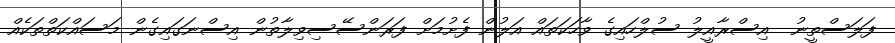
ފަލަސްތީނު  އިސްރާއީލު ސުލްހައިގެ ވާހަކަތައް އަލުން ފެށުމަށް ފަރަންސޭސިވިލާތުން އިސްނަގައިގެން މަސައްކަތްތަކެއް